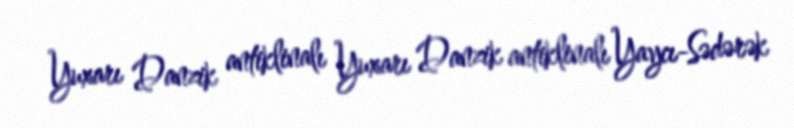
Yuxarı Danzik antiklinalı Yuxarı Danzik antiklinalı Yaycı-Sədərək